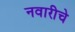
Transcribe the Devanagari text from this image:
नवारीचे